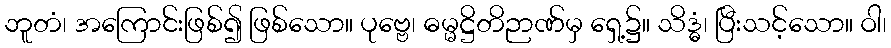
ဘူတံ၊ အကြောင်းဖြစ်၍ ဖြစ်သော။ ပုဗ္ဗေ၊ ဓမ္မဋ္ဌိတိဉာဏ်မှ ရှေ့၌။ သိဒ္ဓံ၊ ပြီးသင့်သော။ ဝါ၊